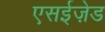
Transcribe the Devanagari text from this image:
एसईज़ेड